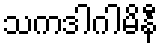
သကဒါဂါမိနီ